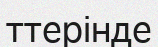
ттерінде